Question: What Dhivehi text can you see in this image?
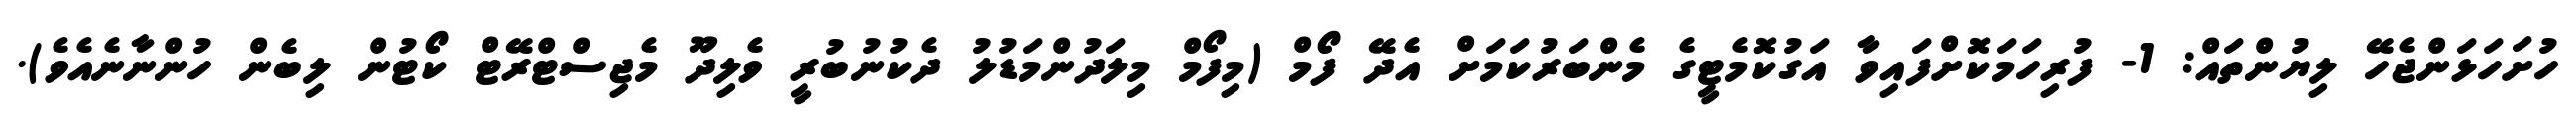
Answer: ހުށަހަޅަންޖެހޭ ލިޔުންތައް: 1- ފުރިހަމަކޮށްފައިވާ އަގުކޮމެޓީގެ މެންބަރުކަމަށް އެދޭ ފޯމް (މިފޯމް މިލަދުންމަޑުލު ދެކުނުބުރީ ވެލިދޫ މެޖިސްޓްރޭޓް ކޯޓުން ލިބެން ހުންނާނެއެވެ).